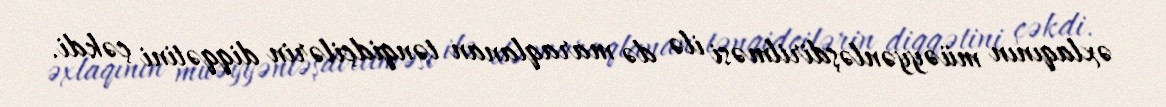
əxlaqının müəyyənləşdirilməsi ilə də maraqlanan tənqidçilərin diqqətini çəkdi.